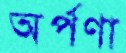
অর্পণা